Vaccination North-Western Provinces 1866-1877 - 1866-1877
Year: 1866
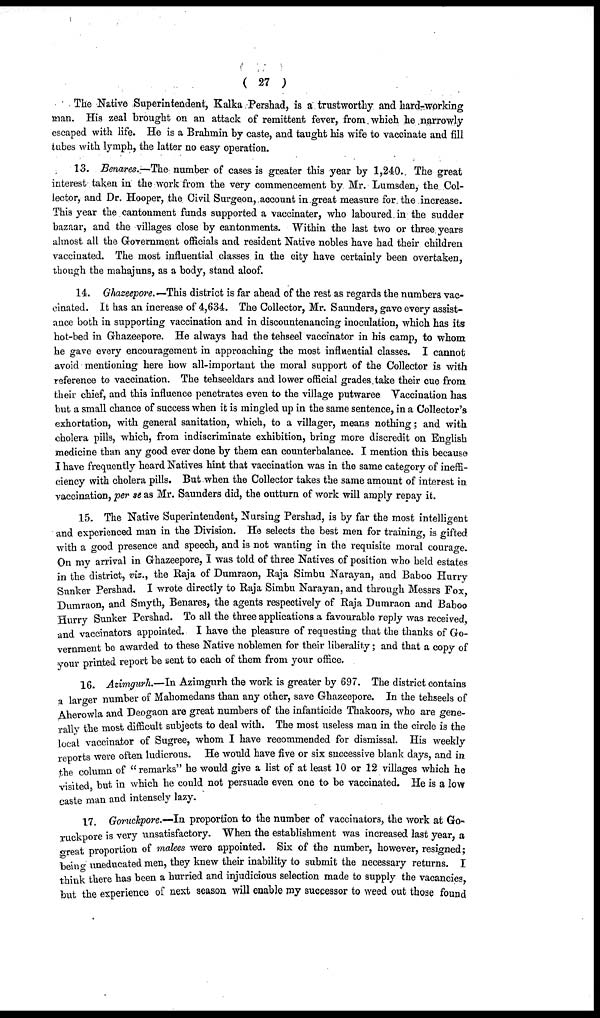
( 27 )
The Native Superintendent, Kalka Pershad, is a trustworthy and hard-working
man. His zeal brought on an attack of remittent fever, from which he narrowly
escaped with life. He is a Brahmin by caste, and taught his wife to vaccinate and fill
tubes with lymph, the latter no easy operation.
13. Benares.—The number of cases is greater this year by 1,240. The great
interest taken in the work from the very commencement by Mr. Lumsden, the Col-
lector, and Dr. Hooper, the Civil Surgeon, account in great measure for the increase.
This year the cantonment funds supported a vaccinater, who laboured in the sudder
bazaar, and the villages close by cantonments. Within the last two or three years
almost all the Government officials and resident Native nobles have had their children
vaccinated. The most influential classes in the city have certainly been overtaken,
though the mahajuns, as a body, stand aloof.
14. Ghazeepore.— This district is far ahead of the rest as regards the numbers vac-
cinated. It has an increase of 4,634. The Collector, Mr. Saunders, gave every assist-
ance both in supporting vaccination and in discountenancing inoculation, which has its
hot-bed in Ghazeepore. He always had the tehseel vaccinator in his camp, to whom
he gave every encouragement in approaching the most influential classes. I cannot
avoid mentioning here how all-important the moral support of the Collector is with
reference to vaccination. The tehseeldars and lower official grades take their cue from
their chief, and this influence penetrates even to the village putwaree Vaccination has
but a small chance of success when it is mingled up in the same sentence, in a Collector's
exhortation, with general sanitation, which, to a villager, means nothing; and with
cholera pills, which, from indiscriminate exhibition, bring more discredit on English
medicine than any good ever done by them can counterbalance. I mention this because
I have frequently heard Natives hint that vaccination was in the same category of ineffi-
ciency with cholera pills. But when the Collector takes the same amount of interest in
vaccination, per se as Mr. Saunders did, the outturn of work will amply repay it.
15. The Native Superintendent, Nursing Pershad, is by far the most intelligent
and experienced man in the Division. He selects the best men for training, is gifted
with a good presence and speech, and is not wanting in the requisite moral courage.
On my arrival in Ghazeepore, I was told of three Natives of position who held estates
in the district, viz., the Raja of Dumraon, Raja Simbu Narayan, and Baboo Hurry
Sunker Pershad. I wrote directly to Raja Simbu Narayan, and through Messrs Fox,
Dumraon, and Smyth, Benares, the agents respectively of Raja Dumraon and Baboo
Hurry Sunker Pershad. To all the three applications a favourable reply was received,
and vaccinators appointed. I have the pleasure of requesting that the thanks of Go-
vernment be awarded to these Native noblemen for their liberality; and that a copy of
your printed report be sent to each of them from your office.
16. Azimgurh.—In Azimgurh the work is greater by 697. The district contains
a larger number of Mahomedans than any other, save Ghazeepore. In the tehseels of
Aherowla and Deogaon are great numbers of the infanticide Thakoors, who are gene-
rally the most difficult subjects to deal with. The most useless man in the circle is the
local vaccinator of Sugree, whom I have recommended for dismissal. His weekly
reports were often ludicrous. He would have five or six successive blank days, and in
the column of "remarks" he would give a list of at least 10 or 12 villages which he
visited, but in which he could not persuade even one to be vaccinated. He is a low
caste man and intensely lazy.
17. Goruckpore.—In proportion to the number of vaccinators, the work at Go¬
ruckpore is very unsatisfactory. When the establishment was increased last year, a
great proportion of malees were appointed. Six of the number, however, resigned;
being uneducated men, they knew their inability to submit the necessary returns. I
think there has been a hurried and injudicious selection made to supply the vacancies,
but the experience of next season will enable my successor to weed out those found